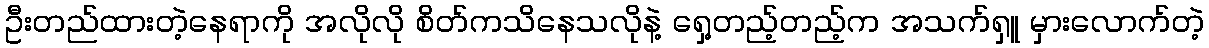
ဦးတည်ထားတဲ့နေရာကို အလိုလို စိတ်ကသိနေသလိုနဲ့ ရှေ့တည့်တည့်က အသက်ရှူ မှားလောက်တဲ့